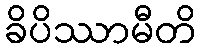
ခိပိဿာမီတိ